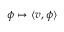
\phi \mapsto \langle v , \phi \rangle